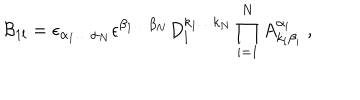
{ \cal B } _ { 1 l } = \epsilon _ { \alpha _ { 1 } \ldots \alpha _ { N } } \epsilon ^ { \beta _ { 1 } \ldots \beta _ { N } } D _ { l } ^ { k _ { 1 } \ldots k _ { N } } \prod _ { i = 1 } ^ { N } A _ { k _ { i } \beta _ { i } } ^ { \alpha _ { i } } \ ,